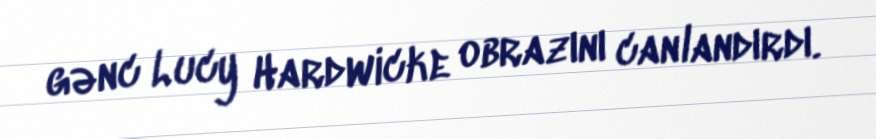
gənc Lucy Hardwicke obrazını canlandırdı.